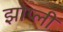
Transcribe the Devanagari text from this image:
झोप्ली